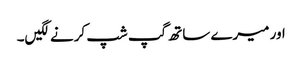
اور میرے ساتھ گپ شپ کرنے لگیں۔